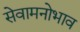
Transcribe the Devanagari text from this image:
सेवामनोभाव